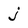
Character: j